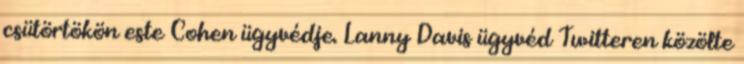
csütörtökön este Cohen ügyvédje. Lanny Davis ügyvéd Twitteren közölte